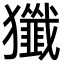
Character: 㺤